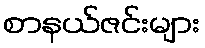
စာနယ်ဇင်းများ